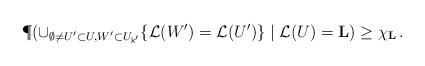
LaTeX: \begin{align*}\P(\cup_{\emptyset \neq U'\subset U, W' \subset U_{\mathsf k'}}\{\mathcal L(W') = \mathcal L(U')\} \mid \mathcal L(U) = \mathbf L) \geq \chi_{\mathbf L}\,.\end{align*}